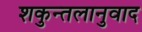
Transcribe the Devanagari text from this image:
शकुन्तलानुवाद